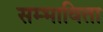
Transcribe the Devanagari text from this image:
सम्भाविता